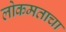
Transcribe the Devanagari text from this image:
लोकमताचा